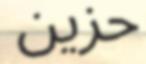
حزين